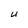
Character: U